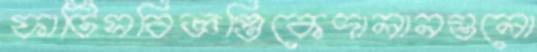
ফাটিসবিজ্ঞপ্তিকেদালানগুলো